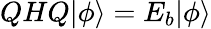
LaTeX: \begin{array}{r}{QHQ|\phi\rangle=E_{b}|\phi\rangle}\end{array}